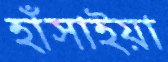
হাঁসাইয়া